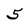
Character: 5